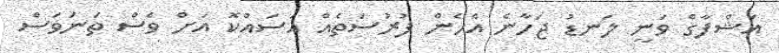
އަޝްފާގް ވަނީ ލަނޑު ޖަހާނެ އެހެން ފުރުސަތެއް އަސައްކޮ އަށް ވެސް ތަނަވަސް